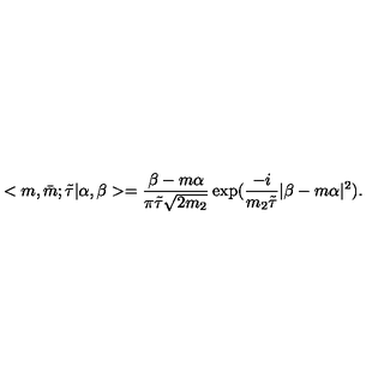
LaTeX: < m , \bar { m } ; \tilde { \tau } | \alpha , \beta > = \frac { \beta - m \alpha } { \pi \tilde { \tau } \sqrt { 2 m _ { 2 } } } \exp ( \frac { - i } { m _ { 2 } \tilde { \tau } } | \beta - m \alpha | ^ { 2 } ) .